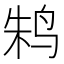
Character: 𱉫